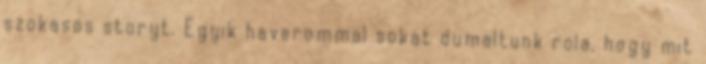
szokasos storyt. Egyik haverommal sokat dumaltunk rola, hogy mit